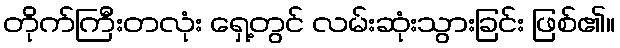
တိုက်ကြီးတလုံး ရှေ့တွင် လမ်းဆုံးသွားခြင်း ဖြစ်၏။